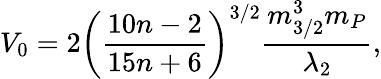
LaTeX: V_{0}=2\left(\frac{10n-2}{15n+6}\right)^{3/2}\frac{m_{3/2}^{3}m_{P}}{\lambda_{2}},